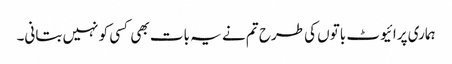
ہماری پرائیوٹ باتوں کی طرح تم نے یہ بات بھی کسی کو نہیں بتانی۔